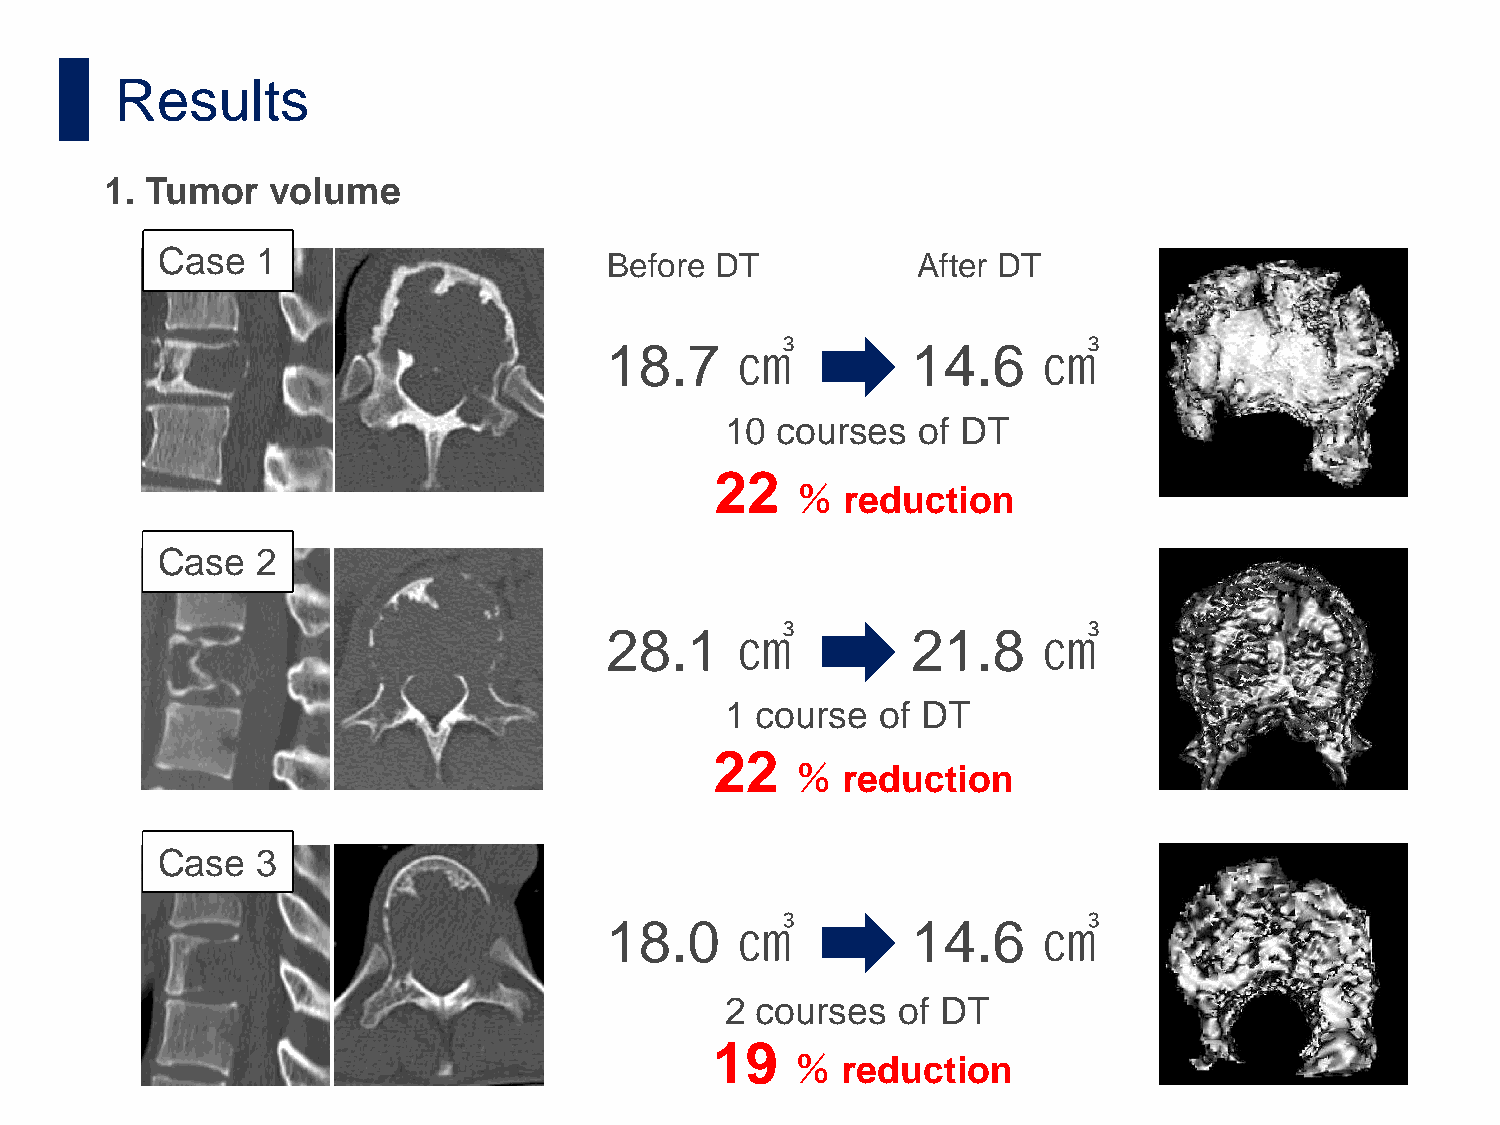
Results
 1. Tumor   volume
 Case   1                      Before DT            After DT
 18.7     ㎤          14.6     ㎤
 10 courses   of DT
 22
 ％  reduction
 Case   2
 28.1     ㎤          21.8     ㎤
 1 course  of DT
 22
 ％  reduction
 Case   3
 18.0     ㎤          14.6     ㎤
 2 courses  of DT
 19
 ％  reduction